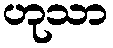
ဟုသာ